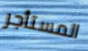
المستأجر